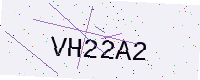
Text: VH22A2